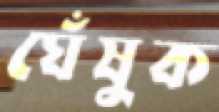
ঘেঁষুক